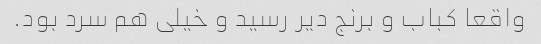
واقعا کباب و برنج دیر رسید و خیلی هم سرد بود.